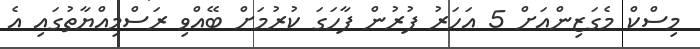
މިސްކް މެގަޒިންއަށް 5 އަހަރު ފުރުން ފާހަގަ ކުރުމަށް ބޭއްވި ރަސްމިއްޔާތުގައި އެ